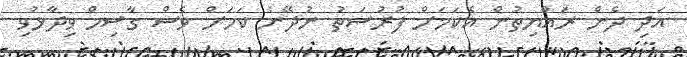
އަދި ދެން ރައްޔިތުން އެކަމަށް ފުރުސަތު ނުދޭނެ ކަމަށް ވެސް ގާސިމް ވިދާޅުވި